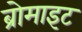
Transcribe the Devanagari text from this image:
ब्रोमाइट